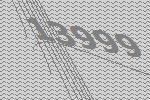
13999